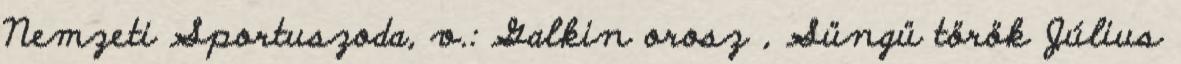
Nemzeti Sportuszoda, v.: Galkin orosz , Süngü török Július